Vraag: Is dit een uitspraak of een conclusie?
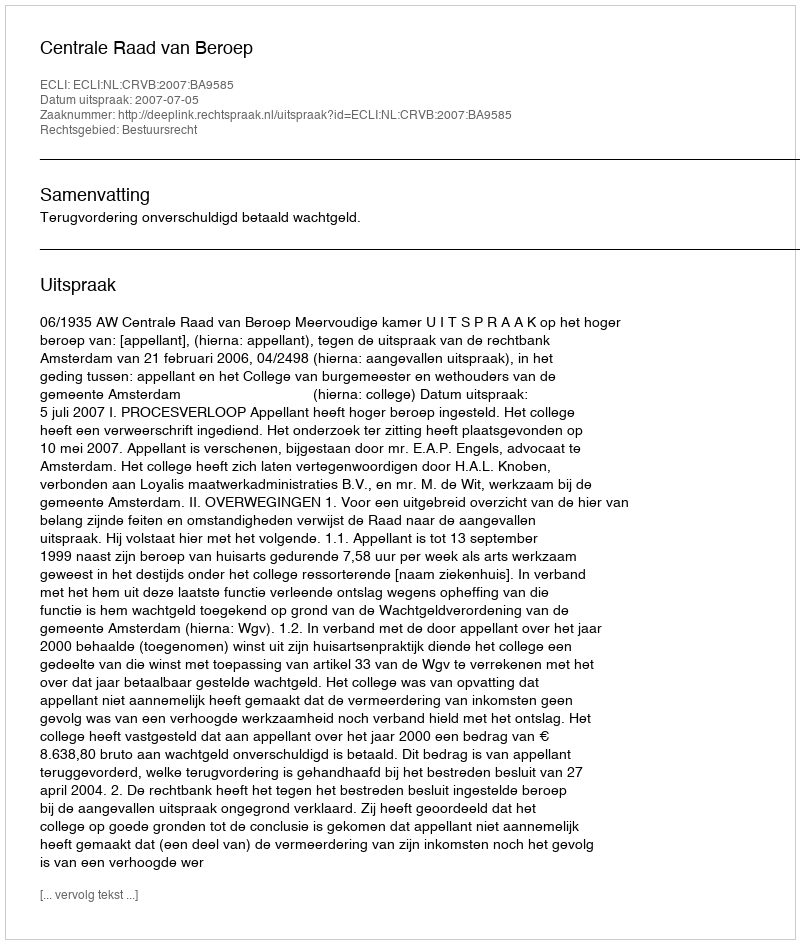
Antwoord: Uitspraak